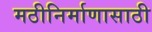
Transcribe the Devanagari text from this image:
मठीनिर्माणासाठी